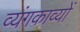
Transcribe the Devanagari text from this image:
व्यंगकाव्यों